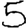
Digit: 5